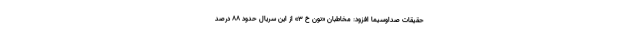
حقیقات صداوسیما افزود: مخاطبان «نون خ ۳» از این سریال حدود ۸۸ درصد